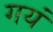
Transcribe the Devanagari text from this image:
गयं